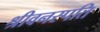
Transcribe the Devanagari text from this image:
श्रीवनस्पति